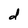
Character: d